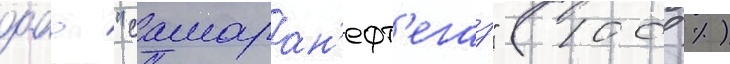
оао "самаран'ефт'егаз" (100 %)